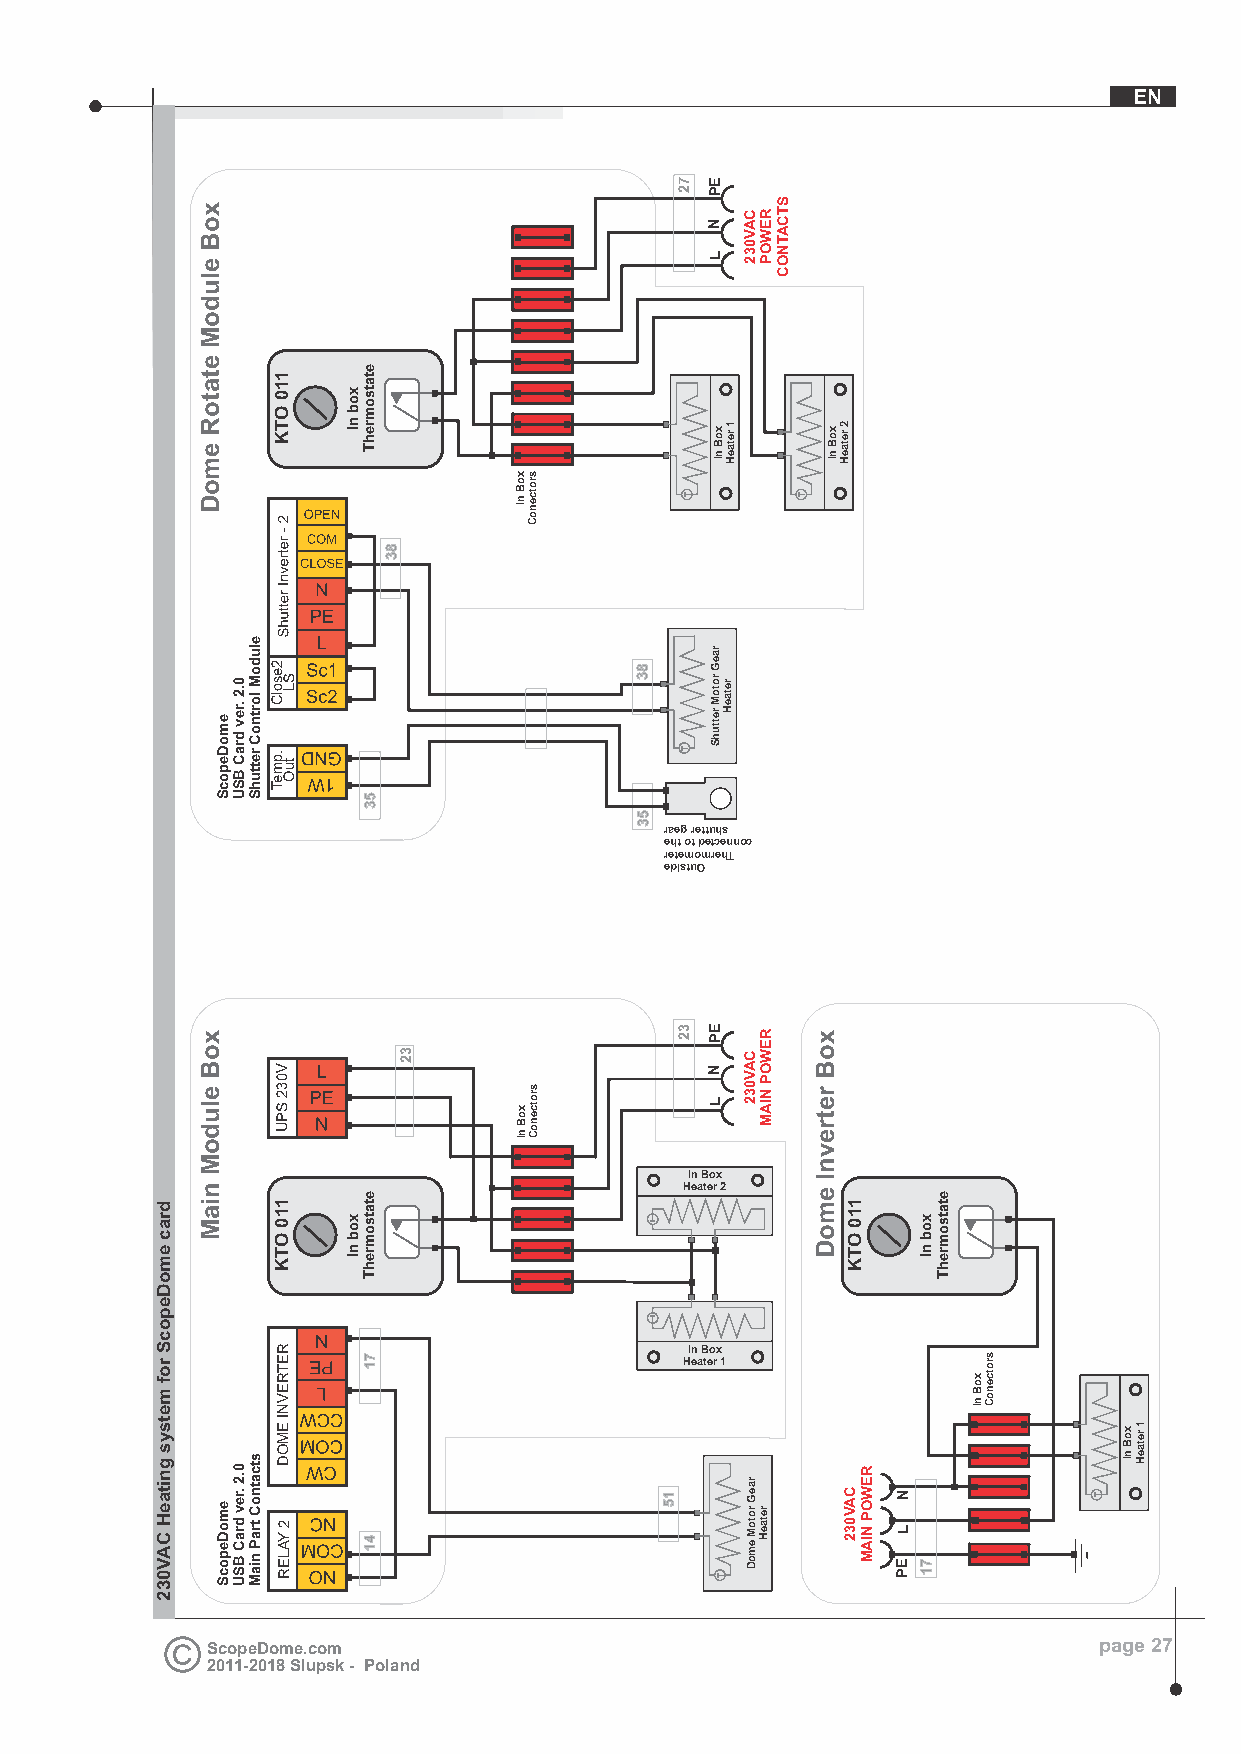
EN
 raeg rettuhs
 eht ot detcennoc
 retemomrehT
 edistuO
 In Box
 Heater 2
 T
 In Box
 Heater 1
 ScopeDome.com                                              page 27
 2011-2018 Slupsk - Poland
 drac
 emoDepocS
 rof
 metsys
 gnitaeH
 CAV032
 xoB
 eludoM
 etatoR
 emoD
 xoB
 eludoM
 niaM
 emoDepocS
 emoDepocS
 0.2
 .rev
 draC
 BSU
 0.2
 .rev
 draC
 BSU
 eludoM
 lortnoC
 rettuhS
 stcatnoC
 traP
 niaM
 110
 OTK
 2e
 Ss LolC
 .p
 tum
 OeT
 V032
 SPU
 110
 OTK
 RETREVNI
 EMOD
 2
 YALER
 xob
 nI
 xob
 nI
 etatsomrehT
 53
 etatsomrehT
 71
 41
 83
 32
 xoB
 nI
 xoB
 nI
 srotcenoC
 srotcenoC
 83
 53
 T
 15
 72
 T
 T
 32
 EP
 N
 L
 1x ro eB ta
 n eI H
 raeG
 ro reto taM
 e HrettuhS
 EP
 N
 L
 T
 CAV032
 CAV032
 raeG
 rotoM
 emoD
 REWOP
 REWOP
 NIAM
 retaeH
 STCATNOC
 T
 xoB
 retrevnI
 emoD
 xoB
 nI
 2 retaeH
 110
 OTK
 CAV032
 REWOP
 NIAM
 N
 L
 EP
 xob
 nI
 71
 etatsomrehT
 xoB
 nI
 srotcenoC
 T
 xoB
 nI
 1 retaeH